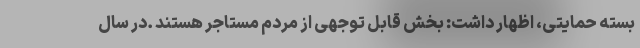
بسته حمایتی، اظهار داشت: بخش قابل توجهی از مردم مستاجر هستند .در سال